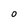
Character: 0